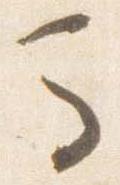
馬